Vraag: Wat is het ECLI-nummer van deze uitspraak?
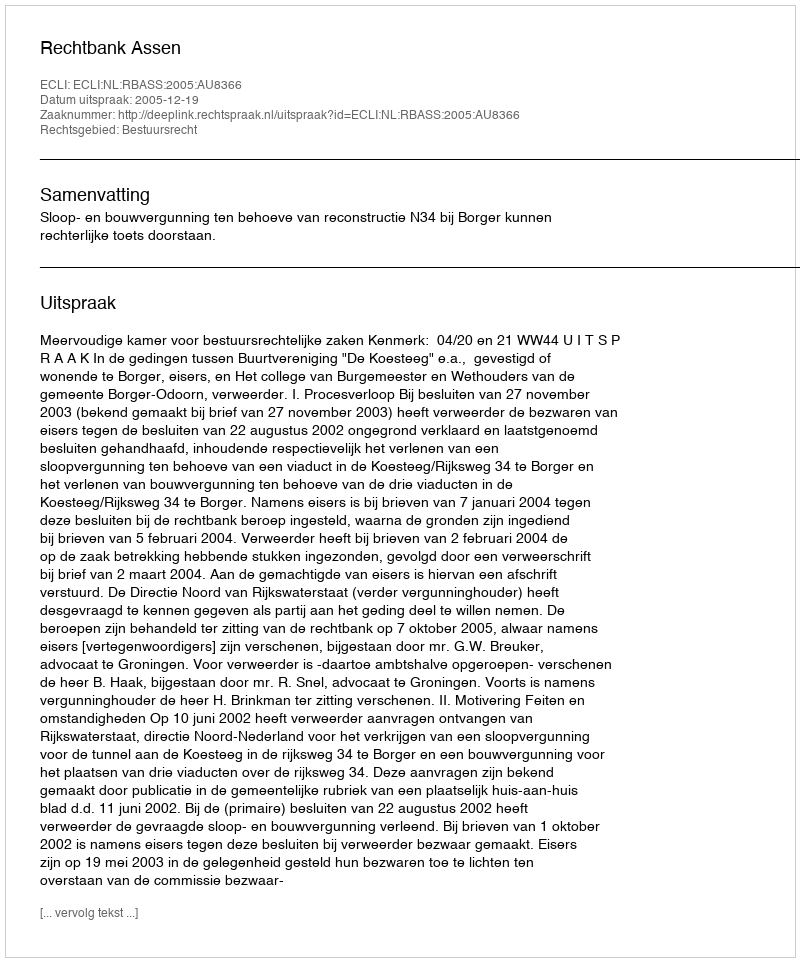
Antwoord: ECLI:NL:RBASS:2005:AU8366